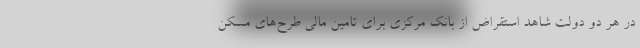
در هر دو دولت شاهد استقراض از بانک مرکزی برای تامین مالی طرح‌های مسکن